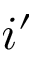
i ^ { \prime }